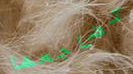
تضاجعها